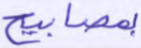
بمصابيح